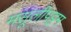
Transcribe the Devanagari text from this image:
मसूलीपट्टम